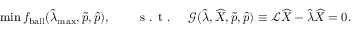
\operatorname* { m i n } f _ { \mathrm { { b a l l } } } ( \widehat { \lambda } _ { \mathrm { m a x } } , \widetilde { \boldsymbol { p } } , \widehat { \boldsymbol { p } } ) , \qquad \textrm { s . t . } \quad \mathcal { G } ( \widehat { \lambda } , \widehat { X } , \widetilde { \boldsymbol { p } } , \widehat { \boldsymbol { p } } ) \equiv \mathcal { L } \widehat { X } - \widehat { \lambda } \widehat { X } = 0 .